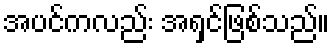
အပင်ကလည်း အရှင်ဖြစ်သည်။